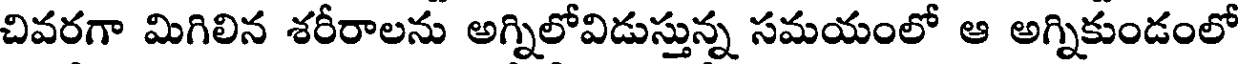
చివరగా మిగిలిన శరీరాలను అగ్నిలోవిడుస్తున్న సమయంలో ఆ అగ్నికుండంలో